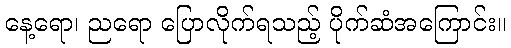
နေ့ရော၊ ညရော ပြောလိုက်ရသည့် ပိုက်ဆံအကြောင်း။